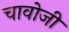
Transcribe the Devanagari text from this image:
चावोजी